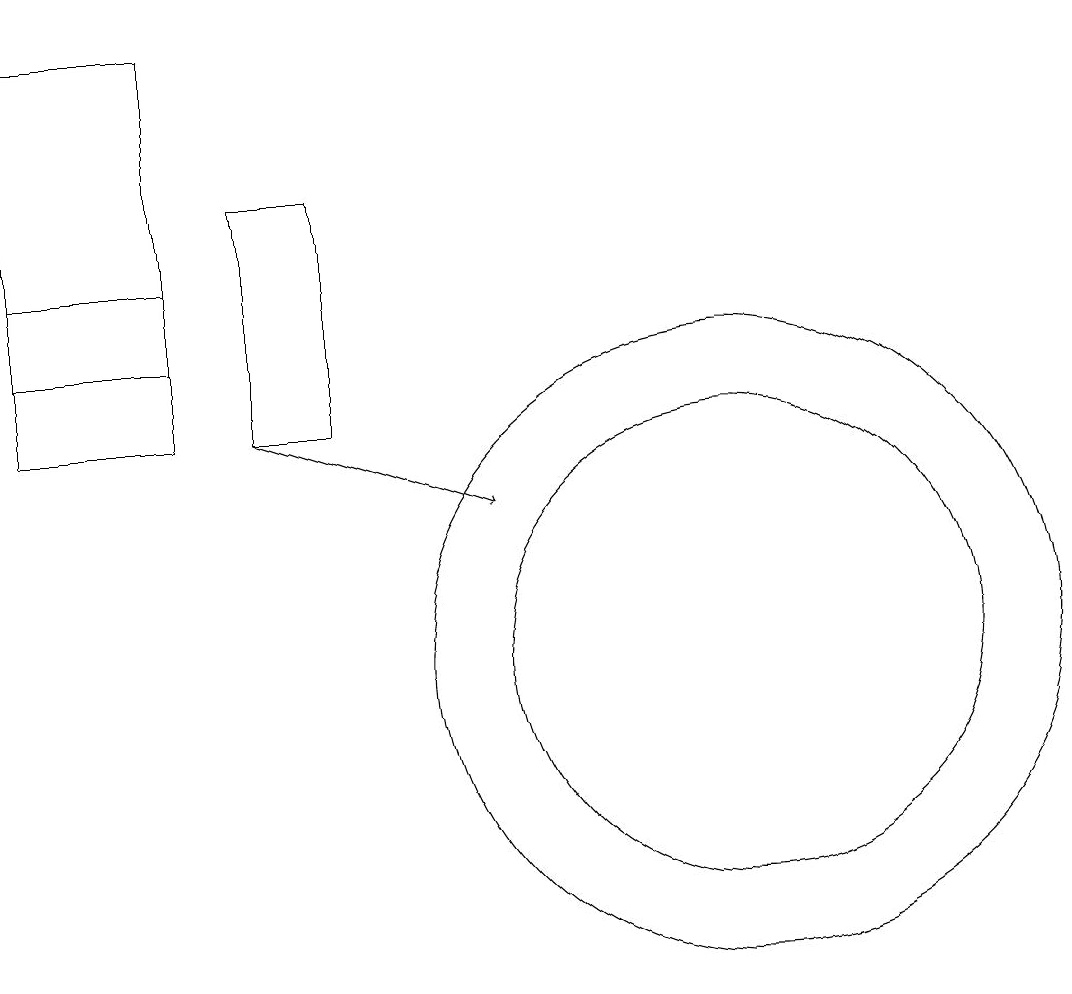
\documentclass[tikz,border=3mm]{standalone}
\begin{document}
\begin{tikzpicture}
\draw (11,10) circle (3);
\draw[->] (5,13) -- (8,12);
\draw (11,10) circle (4);
\draw (4,15) rectangle (2,13);
\draw (2,14) rectangle (4,18);
\draw (5,16) rectangle (6,13);
\draw (4,15) rectangle (2,15);
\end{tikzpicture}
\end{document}